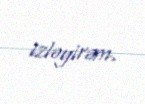
izləyirəm.